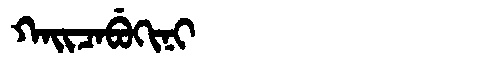
Manchu: ᡴᠠᡳᠴᠠᠪᡠᡴᡳᠨᡳ
Romanization: KAICABUKINI